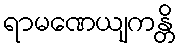
ရာမဏေယျကန္တိ